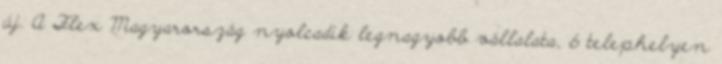
új. A Flex Magyarország nyolcadik legnagyobb vállalata, 6 telephelyen